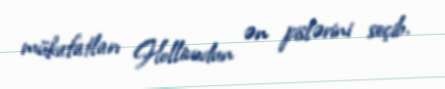
mükafatları Hollivudun ən pislərini seçib.